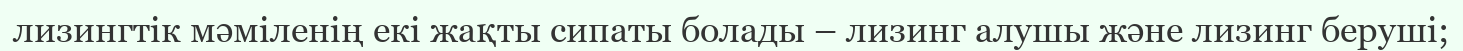
лизингтік мәміленің екі жақты сипаты болады – лизинг алушы және лизинг беруші;